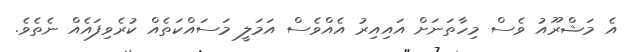
އެ މަޝްރޫއު ވެސް މިހާތަނަށް އައިއިރު އެއްވެސް އަމަލީ މަސައްކަތެއް ކުރެވިފައެއް ނެތެވެ.